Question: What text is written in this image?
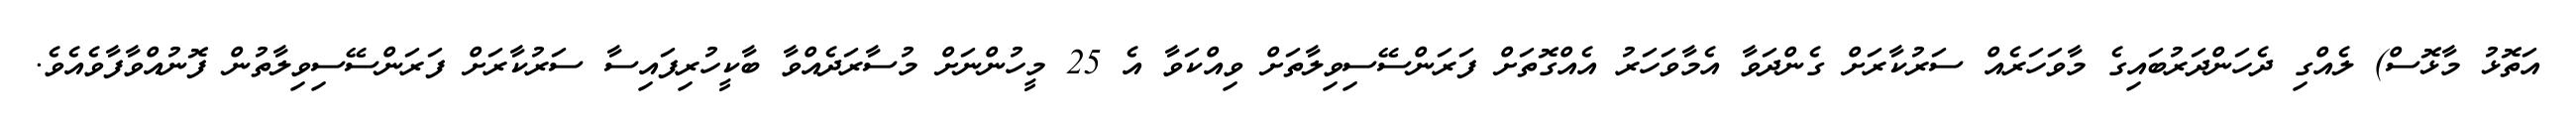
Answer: އަތޮޅު މާޅޮސް) ލެއްގި ދެހަންދަރުބައިގެ މާވަހަރެއް ސަރުކާރަށް ގެންދަވާ އެމާވަހަރު އެއްގޮތަށް ފަރަންސޭސިވިލާތަށް ވިއްކަވާ އެ 25 މީހުންނަށް މުސާރަދެއްވާ ބާކީހުރިފައިސާ ސަރުކާރަށް ފަރަންސޭސިވިލާތުން ފޮނުއްވާފާވެއެވެ.